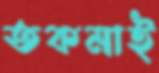
তকমাই